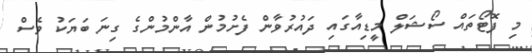
މި ފޮޓޯތައް ސޯޝަލް މީޑިއާގައި ދައުރުވާން ފެށުމުން އާންމުންގެ ގިނަ ބަޔަކު ވެސް